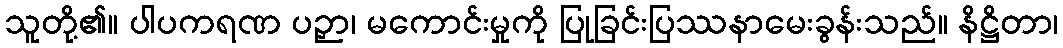
သူတို့၏။ ပါပကရဏ ပဉှာ၊ မကောင်းမှုကို ပြုခြင်းပြဿနာမေးခွန်းသည်။ နိဋ္ဌိတာ၊